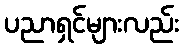
ပညာရှင်များလည်း